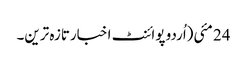
24 مئی(اُردو پوائنٹ اخبارتازہ ترین۔